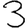
Digit: 3